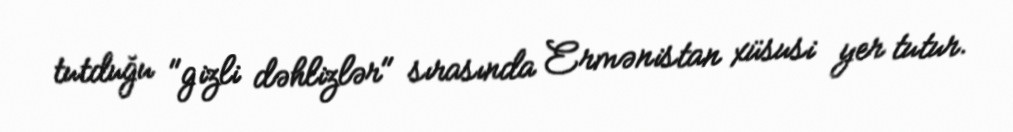
tutduğu "gizli dəhlizlər" sırasında Ermənistan xüsusi yer tutur.